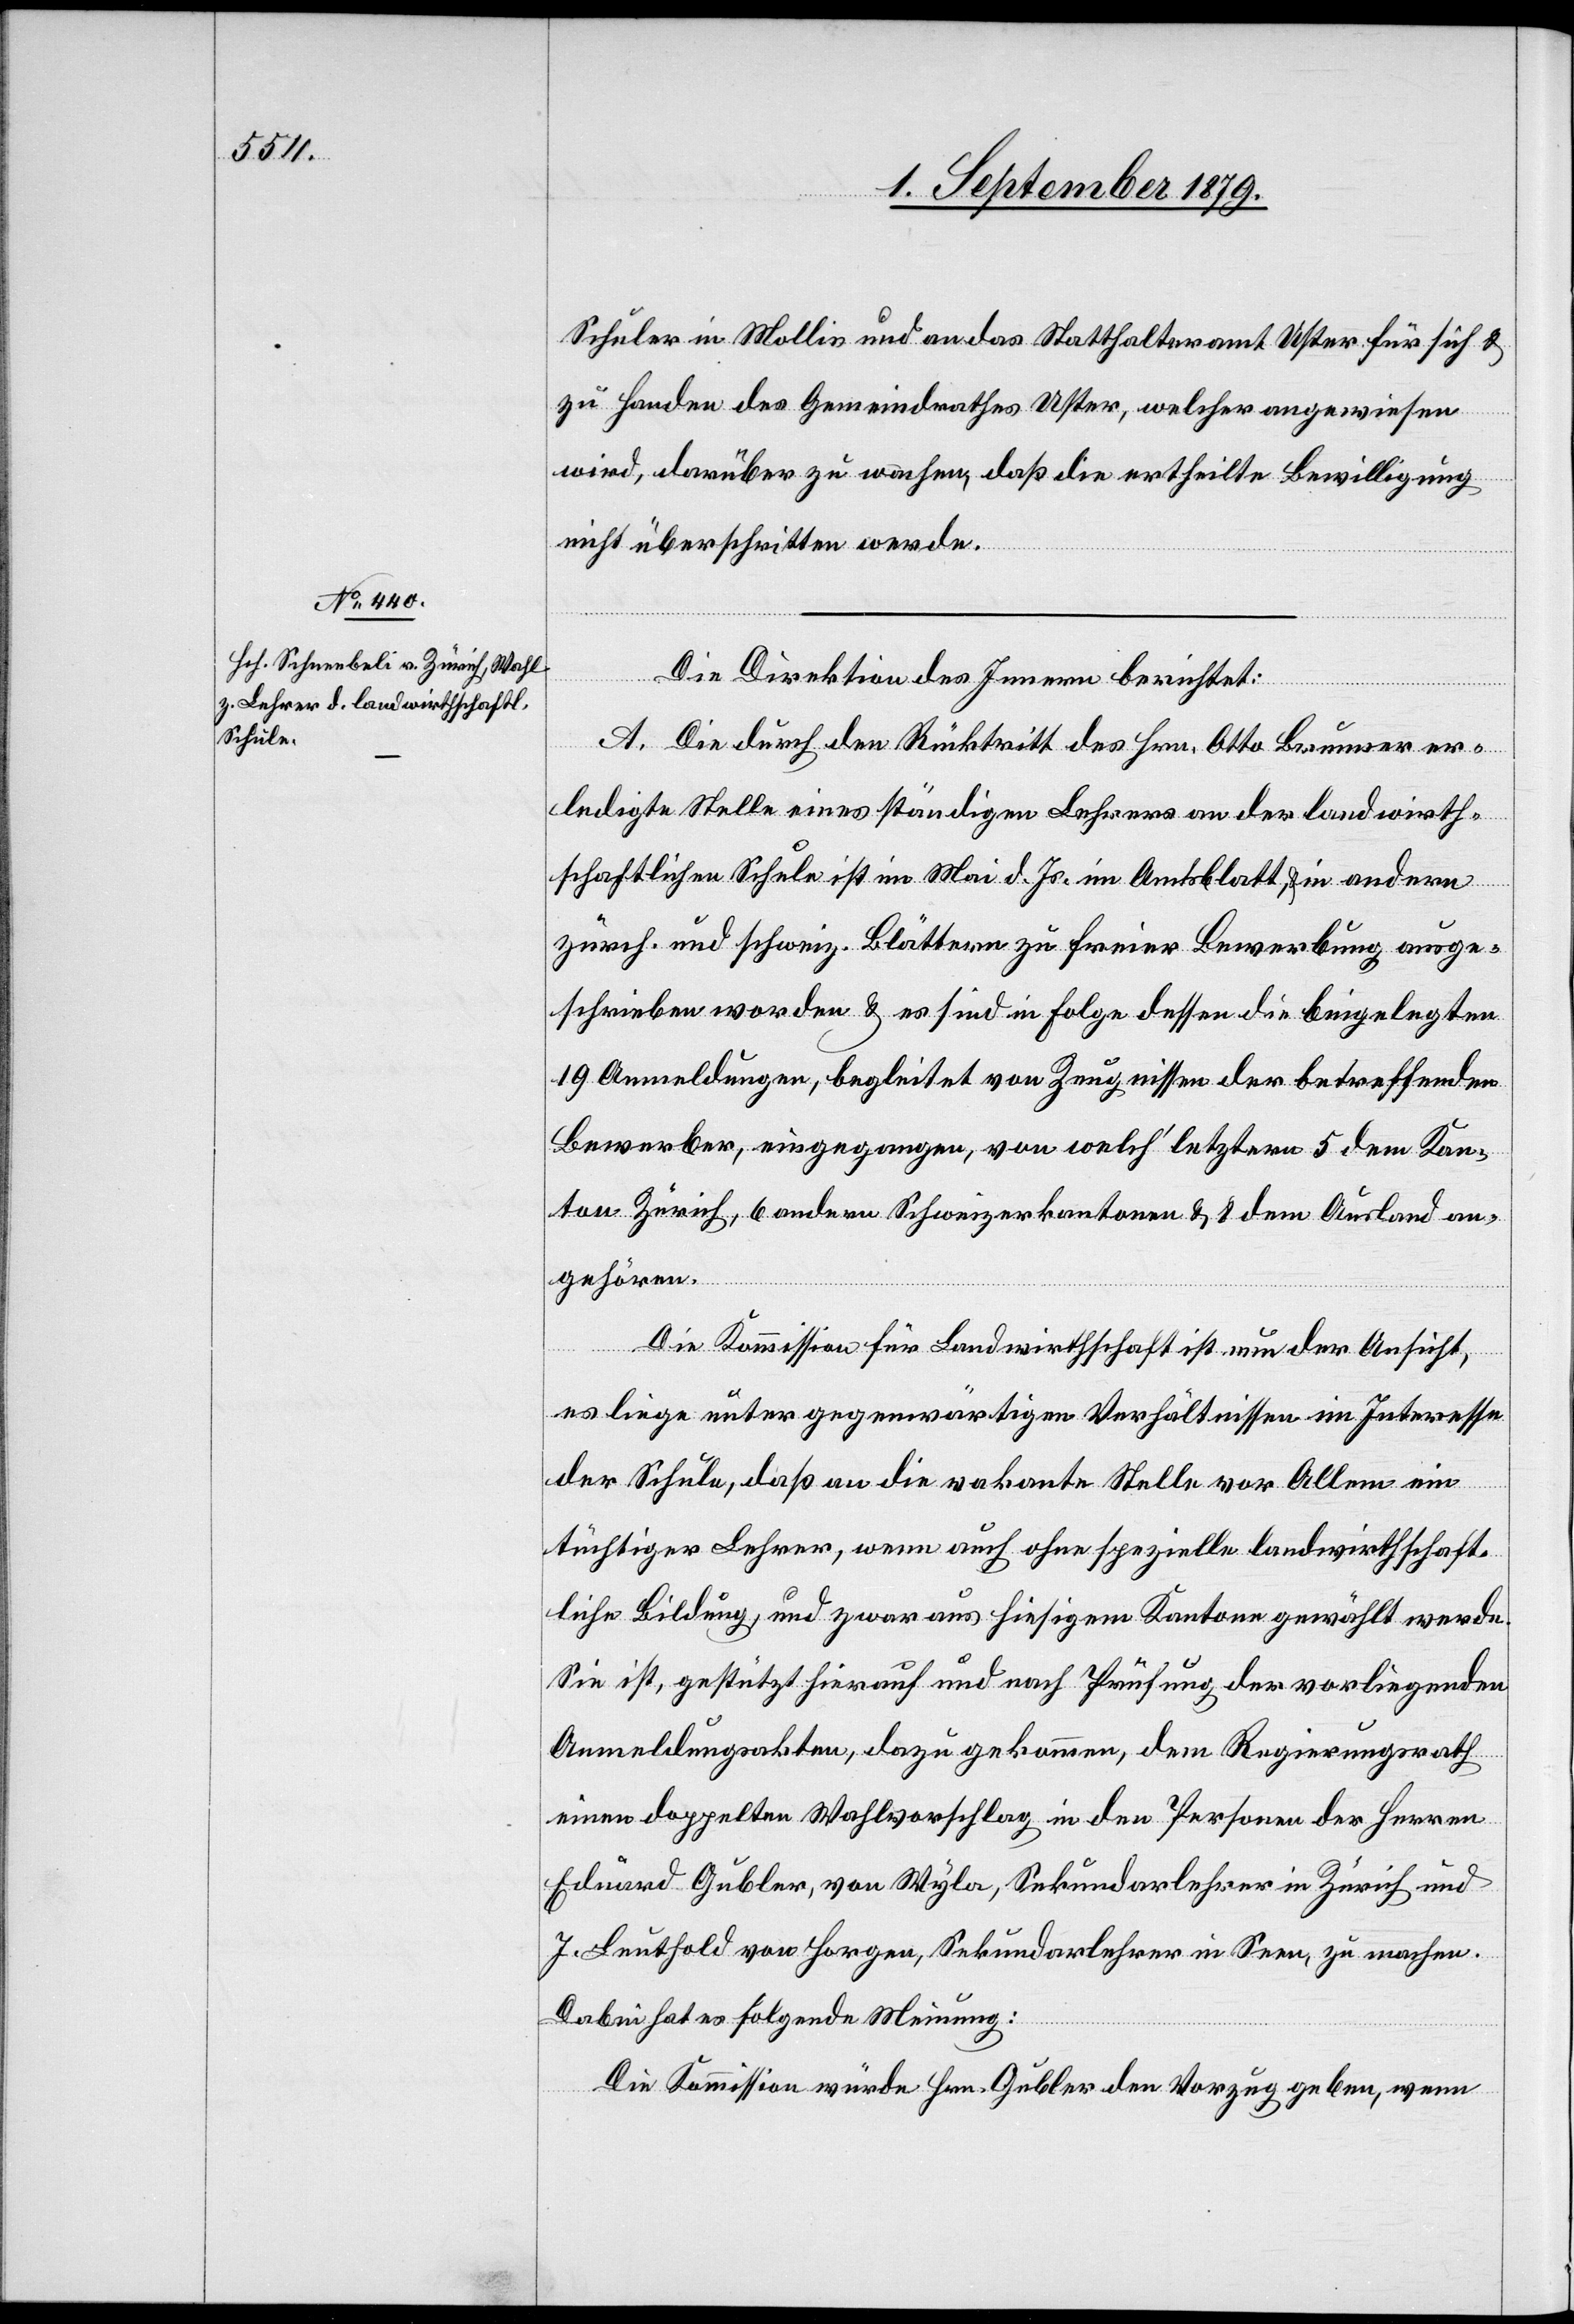
Schuler in Mollis und an das Statthalteramt Uster für sich &
zu Handen des Gemeindrathes Uster, welcher angewiesen
wird, darüber zu wachen, daß die ertheilte Bewilligung
nicht überschritten werde.
Die Direktion des Innern berichtet:
A. Die durch den Rücktritt des Hrn. Otto Brunner er¬
ledigte Stelle eines ständigen Lehrers an der landwirth¬
schaftlichen Schule ist im Mai d. Js. im Amtsblatt & in andern
zürch. und schweiz. Blättern zu freier Bewerbung ausge¬
schrieben worden & es sind in Folge dessen die beigelegten
19 Anmeldungen, begleitet von Zeugnissen der betreffenden
Bewerber, eingegangen, von welch’ letztern 5 dem Kan¬
ton Zürich, 6 andern Schweizerkantonen & 8 dem Ausland an¬
gehören.
Die Kommission für Landwirthschaft ist nun der Ansicht,
es liege unter gegenwärtigen Verhältnissen im Interesse
der Schule, daß an die vakante Stelle vor Allem ein
tüchtiger Lehrer, wenn auch ohne spezielle landwirthschaft¬
liche Bildung, und zwar aus hiesigem Kantone gewählt werde.
Sie ist, gestützt hierauf und nach Prüfung der vorliegenden
Anmeldungsakten, dazu gekommen, dem Regierungsrath
einen doppelten Wahlvorschlag in den Personen der Herren
Eduard Gubler, von Wyla, Sekundarlehrer in Zürich und
J. Leuthold von Horgen, Sekundarlehrer in Seen, zu machen.
Dabei hat es folgende Meinung:
Die Kommission würde Hrn. Gubler den Vorzug geben, wenn